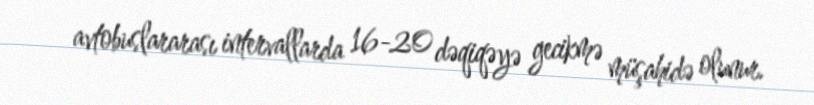
avtobuslararası intervallarda 16-20 dəqiqəyə gecikmə müşahidə olunur.